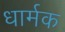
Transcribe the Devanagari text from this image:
धार्मक